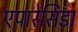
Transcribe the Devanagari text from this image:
एपारेसिडा